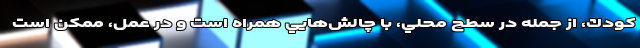
كودك، از جمله در سطح محلي، با چالش‌هايي همراه است و در عمل، ممكن است